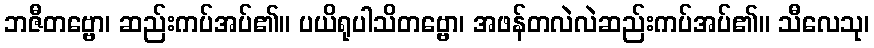
ဘဇီတဗ္ဗော၊ ဆည်းကပ်အပ်၏။ ပယိရုပါသိတဗ္ဗော၊ အဖန်တလဲလဲဆည်းကပ်အပ်၏။ သီလေသု၊